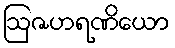
ဩဇဟရဏိယော